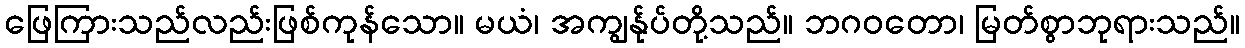
ဖြေကြားသည်လည်းဖြစ်ကုန်သော။ မယံ၊ အကျွန်ုပ်တို့သည်။ ဘဂဝတော၊ မြတ်စွာဘုရားသည်။